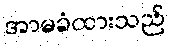
အာမခံထားသည်